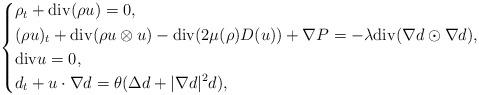
LaTeX: \begin{align*}\left\{\begin{aligned}& \rho_t+{\rm div}(\rho u)=0,\\& (\rho u)_t+{\rm div}(\rho u\otimes u)-{\rm div}(2 \mu(\rho)D(u))+\nabla P=-\lambda {\rm div}(\nabla d \odot \nabla d),\\& {\rm div}u=0,\\& d_t+u\cdot \nabla d=\theta (\Delta d+|\nabla d|^2 d),\end{aligned}\right.\end{align*}